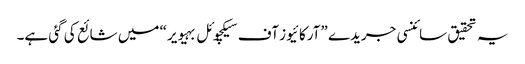
یہ تحقیق سائنسی جریدے ”آرکائیوز آف سیکچوئل بہیویر“ میں شائع کی گئی ہے۔